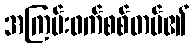
အကြမ်းဖက်စစ်တပ်၏